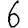
Digit: 6